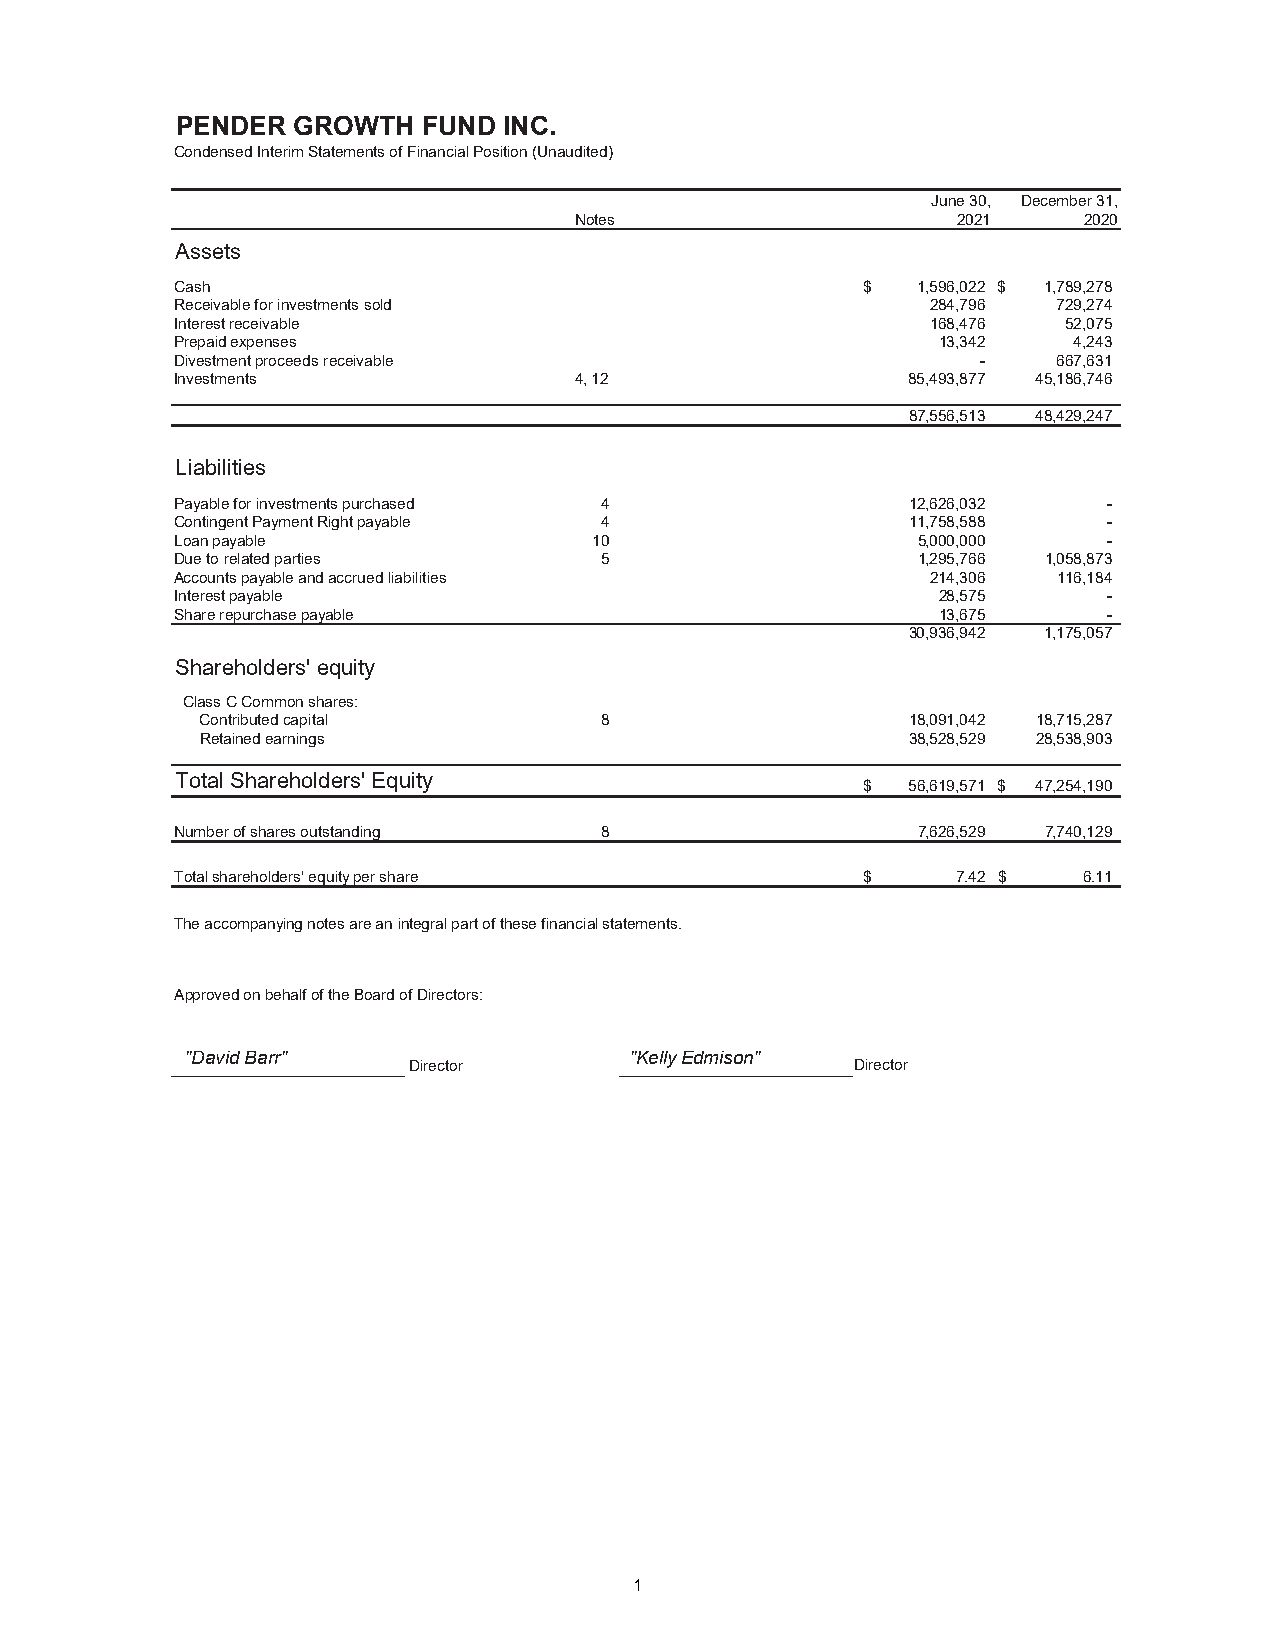
PENDER GROWTH   FUND INC.
 Condensed Interim Statements of Financial Position (Unaudited)
 June 30, December 31,
 Notes                    2021     2020
 Assets
 Cash                                         $   1,596,022 $ 1,789,278
 Receivable for investments sold                   284,796 729,274
 Interest receivable                               168,476  52,075
 Prepaid expenses                                  13,342   4,243
 Divestment proceeds receivable                       -    667,631
 Investments               4, 12                 85,493,877 45,186,746
 87,556,513 48,429,247
 Liabilities
 Payable for investments purchased 4             12,626,032   -
 Contingent Payment Right payable 4              11,758,588   -
 Loan payable               10                    5,000,000   -
 Due to related parties      5                    1,295,766 1,058,873
 Accounts payable and accrued liabilities          214,306 116,184
 Interest payable                                  28,575     -
 Share repurchase payable                          13,675     -
 30,936,942 1,175,057
 Shareholders' equity
 Class C Common shares:
 Contributed capital        8                   18,091,042 18,715,287
 Retained earnings                              38,528,529 28,538,903
 Total Shareholders' Equity
 $  56,619,571 $ 47,254,190
 Number of shares outstanding 8                   7,626,529 7,740,129
 Total shareholders' equity per share         $     7.42 $   6.11
 The accompanying notes are an integral part of these financial statements.
 Approved on behalf of the Board of Directors:
 "David Barr"   Director       "Kelly Edmison" Director
 11